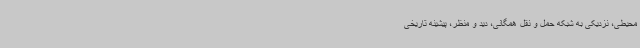
محیطی، نزدیکی به شبکه حمل و نقل همگانی، دید و منظر، پیشینه تاریخی